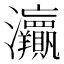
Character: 𱪠